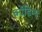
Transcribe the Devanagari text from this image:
कोंडिन्य